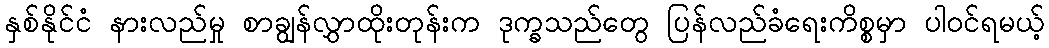
နှစ်နိုင်ငံ နားလည်မှု စာချွန်လွှာထိုးတုန်းက ဒုက္ခသည်တွေ ပြန်လည်ခံရေးကိစ္စမှာ ပါဝင်ရမယ့်